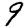
Digit: 9